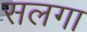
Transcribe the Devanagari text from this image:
सलगा